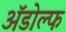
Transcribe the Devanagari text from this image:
ॲडोल्फ